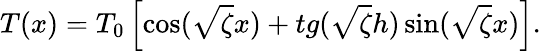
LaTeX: T(x)={T_{0}}\left[{\cos(\sqrt\zeta x)+tg(\sqrt\zeta h)\sin(\sqrt\zeta x)}\right].